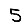
Digit: 5